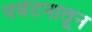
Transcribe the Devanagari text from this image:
पर्यटनातून